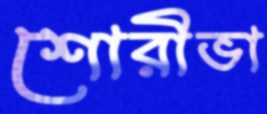
শোরীভা